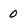
Character: 0